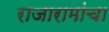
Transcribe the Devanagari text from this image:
राजारामांचा